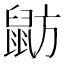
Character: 𪕃